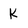
Character: k